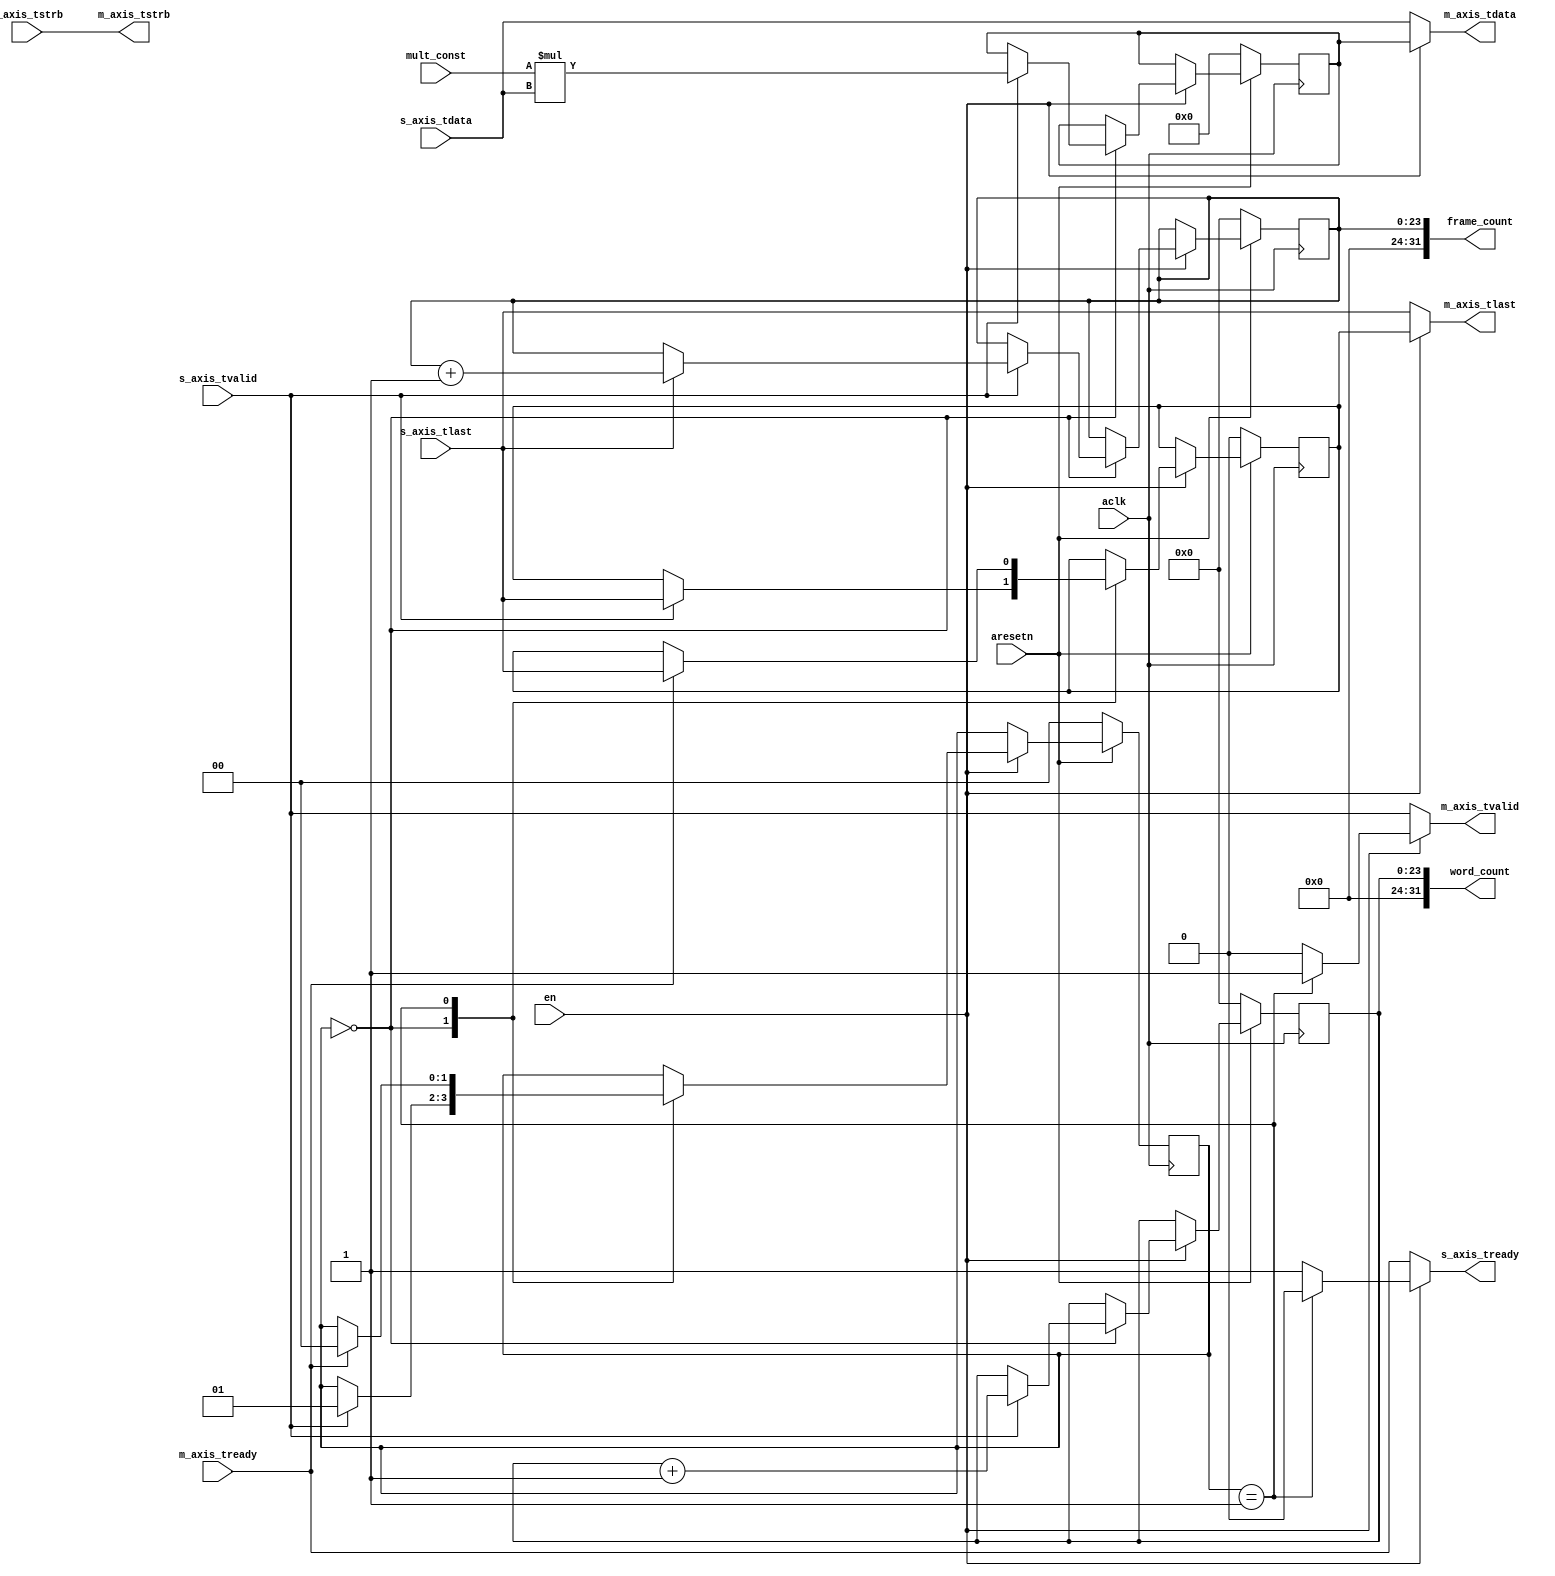
`timescale 1ns / 1ps

module axis_multiplier
    (
	    // ### Clock and reset signals #########################################
        input wire          aclk,
        input wire          aresetn,
        // ### AXI4-stream slave signals #######################################
        output wire         s_axis_tready,
        input wire [31:0]   s_axis_tdata,
        input wire          s_axis_tvalid,
        input wire          s_axis_tlast,
        input wire [4-1:0]  s_axis_tstrb,
        // ### AXI4-stream master signals ######################################
        input wire          m_axis_tready,
        output wire [31:0]  m_axis_tdata,
        output wire         m_axis_tvalid,
        output wire         m_axis_tlast,
        output wire [4-1:0] m_axis_tstrb,
        // ### Custom signals ##################################################
        input wire          en,
        input wire [7:0]    mult_const,
        output wire [31:0]  word_count,
        output wire [31:0]  frame_count
    );
    
    localparam S_READ_INPUT = 2'h0;
    localparam S_WRITE_OUTPUT = 2'h1;
    
    reg [1:0] _cs, _ns;
    reg [23:0] cnt_words_cv, cnt_words_nv;
    reg [23:0] cnt_frames_cv, cnt_frames_nv;
    reg [31:0] mult_cv, mult_nv;
    reg m_axis_tlast_cv, m_axis_tlast_nv;
    wire s_axis_tready_i;
    wire [31:0] m_axis_tdata_i;
    wire m_axis_tvalid_i;
    wire m_axis_tlast_i;

    assign s_axis_tready = (en) ? s_axis_tready_i : m_axis_tready;
    assign m_axis_tdata = (en) ? m_axis_tdata_i : s_axis_tdata;
    assign m_axis_tvalid = (en) ? m_axis_tvalid_i : s_axis_tvalid;
    assign m_axis_tlast = (en) ? m_axis_tlast_i : s_axis_tlast;
    
    assign s_axis_tready_i = (_cs == S_WRITE_OUTPUT) ? 0 : 1;
    assign m_axis_tdata_i = mult_cv;
    assign m_axis_tvalid_i = (_cs == S_WRITE_OUTPUT) ? 1 : 0;
    assign m_axis_tlast_i = m_axis_tlast_cv;

    assign m_axis_tstrb = s_axis_tstrb;
    
    assign word_count = cnt_words_cv;
    assign frame_count = cnt_frames_cv;

    always @(posedge aclk)
    begin
        if (!aresetn)
        begin
            _cs <= S_READ_INPUT;
            cnt_words_cv <= 0;
            cnt_frames_cv <= 0;
            mult_cv <= 0;
            m_axis_tlast_cv <= 0;
        end
        else
        begin
            _cs <= _ns;
            cnt_words_cv <= cnt_words_nv;
            cnt_frames_cv <= cnt_frames_nv;
            mult_cv <= mult_nv;
            m_axis_tlast_cv <= m_axis_tlast_nv;
        end
    end

    always @(*)
    begin    
        _ns = _cs;
        cnt_words_nv = cnt_words_cv;
        cnt_frames_nv = cnt_frames_cv;
        mult_nv = mult_cv;
        m_axis_tlast_nv = m_axis_tlast_cv;       
        if (en)
        begin
            case (_cs)
                S_READ_INPUT:
                begin
                    if (s_axis_tvalid)
                    begin
                        _ns = S_WRITE_OUTPUT;
                        // Multiplication
                        mult_nv = mult_const * s_axis_tdata;
                        // *** Increment counter ***
                        cnt_words_nv = cnt_words_cv + 1;
                        if (s_axis_tlast)
                            cnt_frames_nv = cnt_frames_cv + 1;     
                        m_axis_tlast_nv = s_axis_tlast;
                    end                   
                end
                S_WRITE_OUTPUT:
                begin
                    if (m_axis_tready)
                    begin
                        _ns = S_READ_INPUT;
                        m_axis_tlast_nv = s_axis_tlast;
                    end
                end
            endcase
        end
    end
    
endmodule